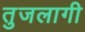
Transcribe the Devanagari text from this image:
तुजलागी